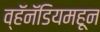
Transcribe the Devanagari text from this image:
व्हॅनॅडियमहून